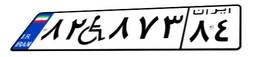
۸۲W۸۷۳۸۴